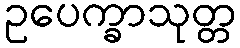
ဥပေက္ခာသုတ္တ